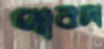
পাবদা